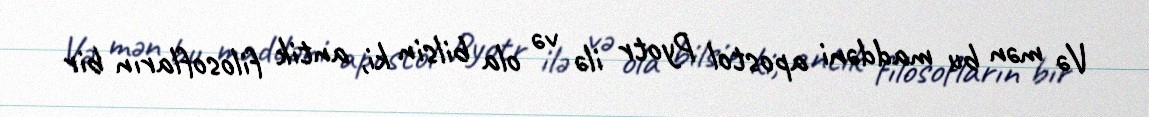
Və mən bu maddəni apostol Pyotr ilə və ola bilsin ki, antik filosofların bir